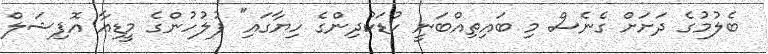
ބެލުމުގެ ދަށަށް ގެނެސް މި ބައިތިއްބަނީ ކުޑަކުދިންގެ ހިޔާގައި" ފުލުހުންގެ މީޑިއާ އޮފިޝަލް